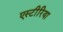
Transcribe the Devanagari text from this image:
एस्टीरिया